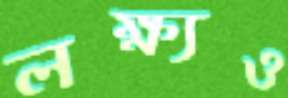
লক্ষ্যও